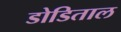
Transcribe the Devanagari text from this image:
डोडिताल